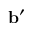
{ \bf { b } } ^ { \prime }